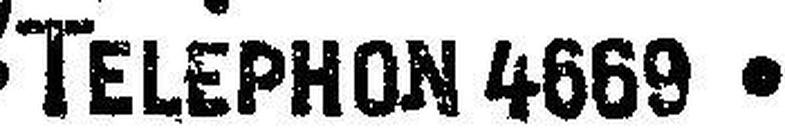
TELEPHON 4669.